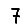
Digit: 7